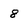
Character: 8